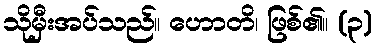
သိုမှီးအပ်သည်။ ဟောတိ၊ ဖြစ်၏။ (၃)